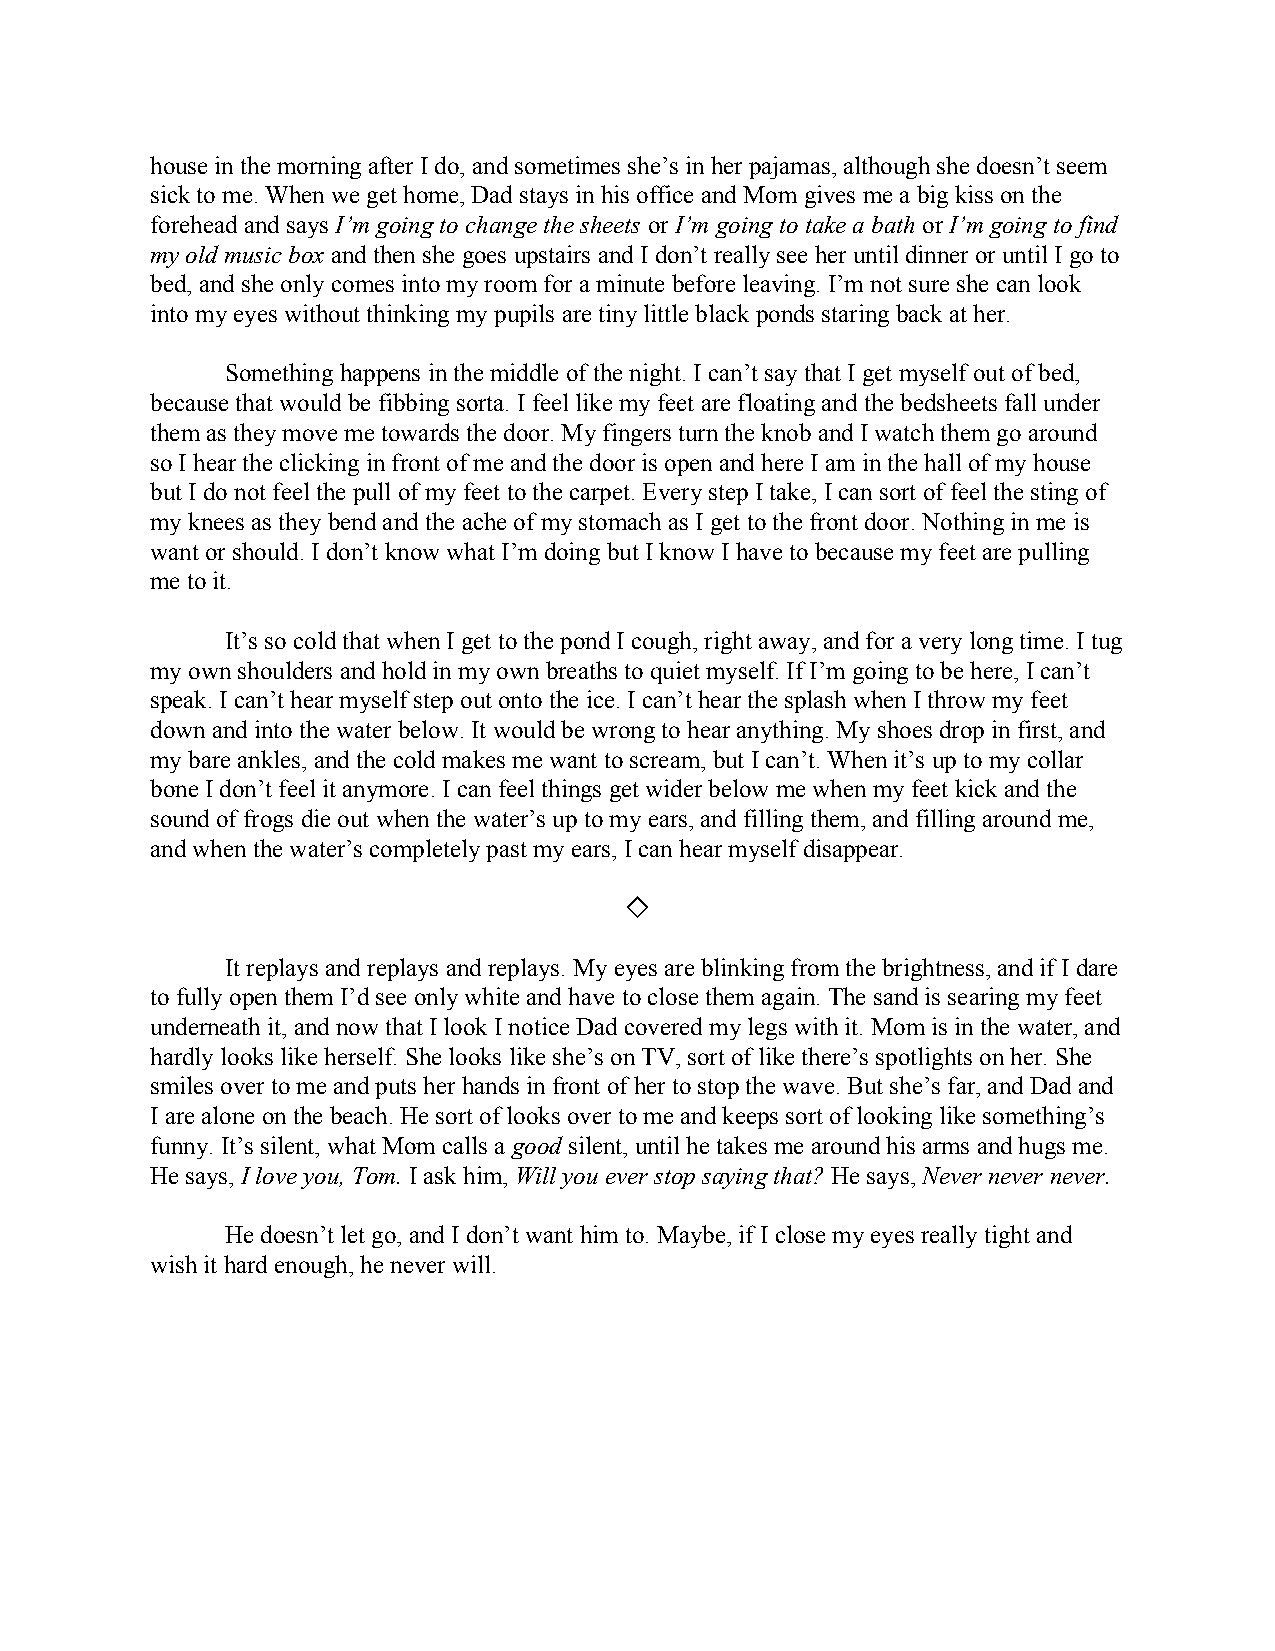
house in the morning after I do, and sometimes she’s in her pajamas, although she doesn’t seem
 sick to me. When we get home, Dad stays in his office and Mom gives me a big kiss on the
 forehead and says I’m going to change the sheets or I’m going to take a bath or I’m going to find
 ​                    ​ ​               ​ ​
 my old music box and then she goes upstairs and I don’t really see her until dinner or until I go to
 ​
 bed, and she only comes into my room for a minute before leaving. I’m not sure she can look
 into my eyes without thinking my pupils are tiny little black ponds staring back at her.
 Something happens in the middle of the night. I can’t say that I get myself out of bed,
 because that would be fibbing sorta. I feel like my feet are floating and the bedsheets fall under
 them as they move me towards the door. My fingers turn the knob and I watch them go around
 so I hear the clicking in front of me and the door is open and here I am in the hall of my house
 but I do not feel the pull of my feet to the carpet. Every step I take, I can sort of feel the sting of
 my knees as they bend and the ache of my stomach as I get to the front door. Nothing in me is
 want or should. I don’t know what I’m doing but I know I have to because my feet are pulling
 me to it.
 It’s so cold that when I get to the pond I cough, right away, and for a very long time. I tug
 my own shoulders and hold in my own breaths to quiet myself. If I’m going to be here, I can’t
 speak. I can’t hear myself step out onto the ice. I can’t hear the splash when I throw my feet
 down and into the water below. It would be wrong to hear anything. My shoes drop in first, and
 my bare ankles, and the cold makes me want to scream, but I can’t. When it’s up to my collar
 bone I don’t feel it anymore. I can feel things get wider below me when my feet kick and the
 sound of frogs die out when the water’s up to my ears, and filling them, and filling around me,
 and when the water’s completely past my ears, I can hear myself disappear.
 ◇
 It replays and replays and replays. My eyes are blinking from the brightness, and if I dare
 to fully open them I’d see only white and have to close them again. The sand is searing my feet
 underneath it, and now that I look I notice Dad covered my legs with it. Mom is in the water, and
 hardly looks like herself. She looks like she’s on TV, sort of like there’s spotlights on her. She
 smiles over to me and puts her hands in front of her to stop the wave. But she’s far, and Dad and
 I are alone on the beach. He sort of looks over to me and keeps sort of looking like something’s
 funny. It’s silent, what Mom calls a good silent, until he takes me around his arms and hugs me.
 ​  ​
 He says, I love you, Tom. I ask him, Will you ever stop saying that? He says, Never never never.
 ​          ​      ​                    ​     ​
 He doesn’t let go, and I don’t want him to. Maybe, if I close my eyes really tight and
 wish it hard enough, he never will.